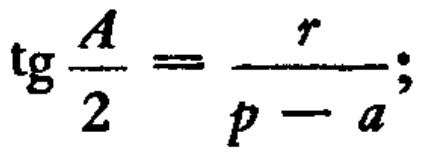
\(\operatorname{tg} \frac{A}{2}=\frac{r}{p - a};\)